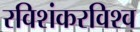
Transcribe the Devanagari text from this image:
रविशंकरविश्व